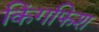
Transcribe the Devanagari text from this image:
किंगफिश